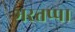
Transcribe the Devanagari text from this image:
भरतप्पा